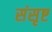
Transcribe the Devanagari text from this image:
संसृष्ट